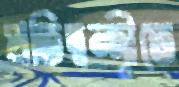
প্রতিদ্বন্দ্বীতে